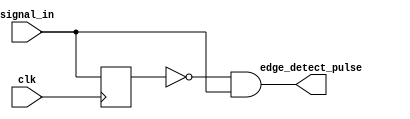
module edge_detector #(
    parameter WIDTH = 1
)(
    input clk,
    input [WIDTH-1:0] signal_in,
    output [WIDTH-1:0] edge_detect_pulse
);
    // TODO: implement a multi-bit edge detector that detects a rising edge of 'signal_in[x]'
    // and outputs a one-cycle pulse 'edge_detect_pulse[x]' at the next clock edge
    reg [WIDTH-1:0] signal_prev;
    assign edge_detect_pulse = ~signal_prev & signal_in;   
    always @(posedge clk) begin
        signal_prev <= signal_in;
    end
    

    // Remove this line once you create your edge detector
    //assign edge_detect_pulse = 0;
endmodule